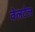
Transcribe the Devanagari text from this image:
वेलटेल